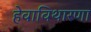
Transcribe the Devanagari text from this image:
हेवाविथारणा